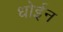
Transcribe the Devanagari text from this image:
धोईन